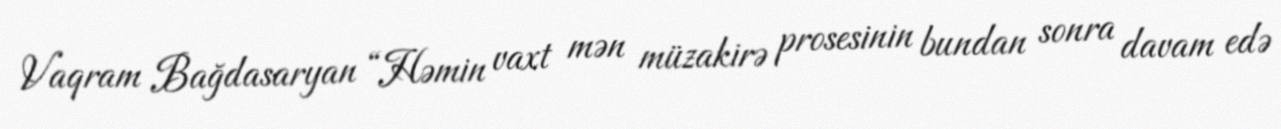
Vaqram Bağdasaryan “Həmin vaxt mən müzakirə prosesinin bundan sonra davam edə